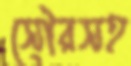
সৌরসহ